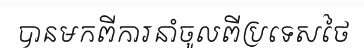
បានមកពីការនាំចូលពីប្រទេសថៃ